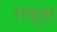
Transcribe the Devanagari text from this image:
राष्त्र